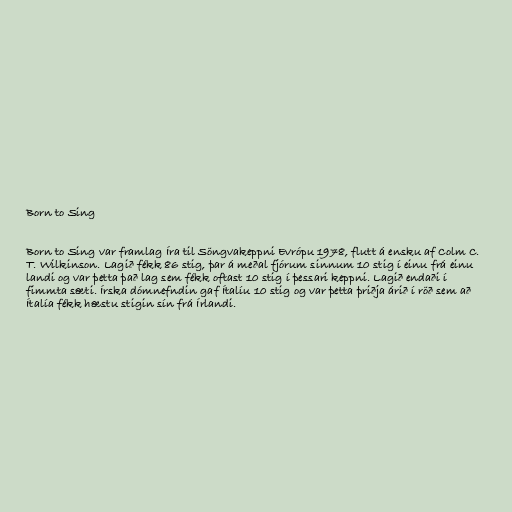
Born to Sing

Born to Sing var framlag Íra til Söngvakeppni Evrópu 1978, flutt á ensku af Colm C.
T. Wilkinson. Lagið fékk 86 stig, þar á meðal fjórum sinnum 10 stig í einu frá einu
landi og var þetta það lag sem fékk oftast 10 stig í þessari keppni. Lagið endaði í
fimmta sæti. Írska dómnefndin gaf Ítalíu 10 stig og var þetta þriðja árið í röð sem að
Ítalía fékk hæstu stigin sín frá Írlandi.